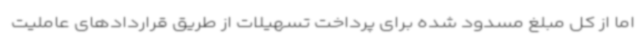
اما از کل مبلغ مسدود شده برای پرداخت تسهیلات از طریق قراردادهای عاملیت